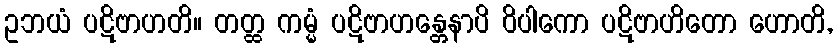
ဥဘယံ ပဋိဗာဟတိ။ တတ္ထ ကမ္မံ ပဋိဗာဟန္တေနာပိ ဝိပါကော ပဋိဗာဟိတော ဟောတိ,